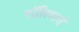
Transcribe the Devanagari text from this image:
पॉलिस्टर्स